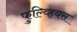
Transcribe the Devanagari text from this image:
फुल्व्हियस